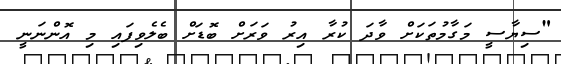
"ސިޔާސީ މަގާމުތަކަށް ވާދަ ކުރާ އިރު ވަރަށް ބޮޑަށް ބެލެވިފައި މި އޮންނަނީ